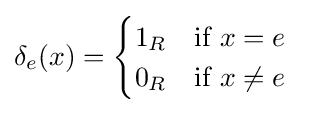
\delta _{e}(x)={\begin{cases}1_{R}\quad {\mbox{if }}x=e\\0_{R}\quad {\mbox{if }}x\neq e\end{cases}}